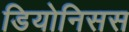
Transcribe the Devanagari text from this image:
डियोनिसस